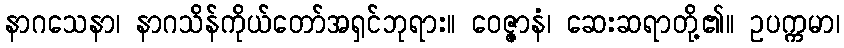
နာဂသေနာ၊ နာဂသိန်ကိုယ်တော်အရှင်ဘုရား။ ဝေဇ္ဇာနံ၊ ဆေးဆရာတို့၏။ ဥပက္ကမာ၊